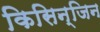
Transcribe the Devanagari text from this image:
किसिन्जिन